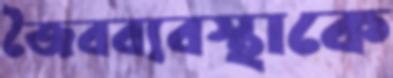
জৈবব্যবস্থাকে